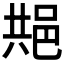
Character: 𬩺